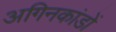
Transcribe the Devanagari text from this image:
अगिनकांडों